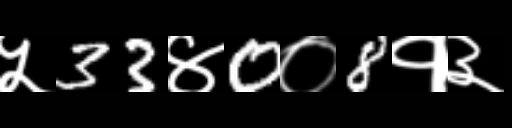
Text: ५33४0०8१३